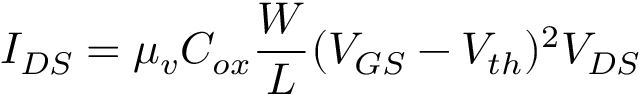
I _ { D S } = \mu _ { v } C _ { o x } \frac { W } { L } ( V _ { G S } - V _ { t h } ) ^ { 2 } V _ { D S }